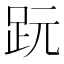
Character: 𧿙